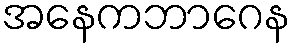
အနေကဘာဂေန